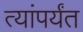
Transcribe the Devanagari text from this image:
त्यांपर्यंत